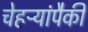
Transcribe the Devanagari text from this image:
चेहऱ्यांपैकी